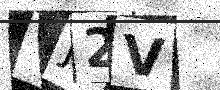
Text: VJ2V